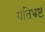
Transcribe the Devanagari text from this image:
यतिभ्रष्ट